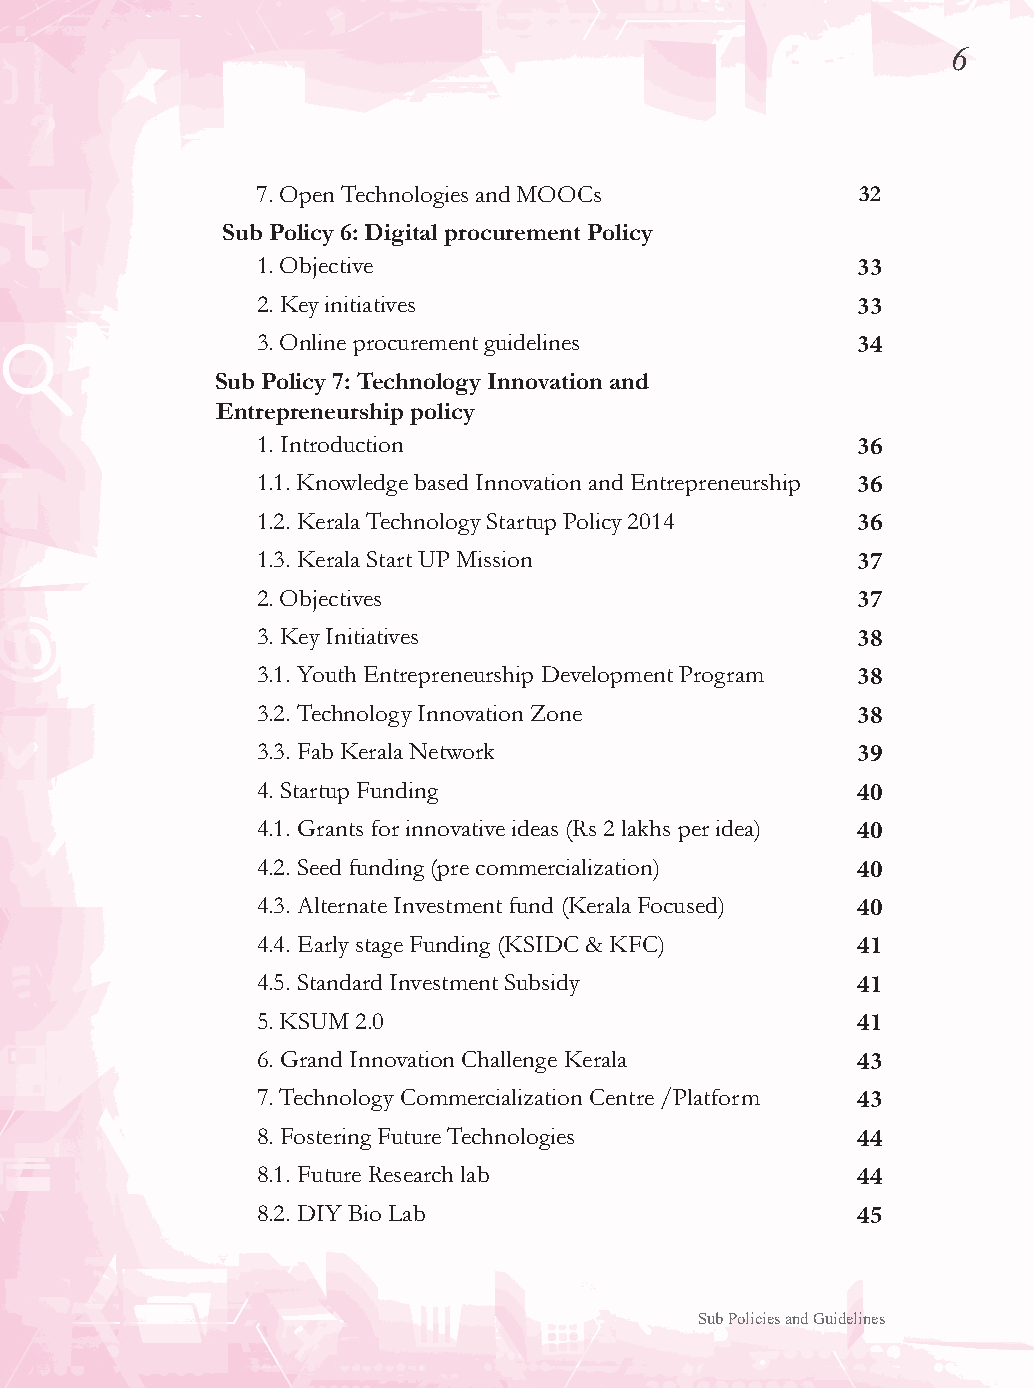
6
 7. Open Technologies and MOOCs          32
 Sub Policy 6: Digital procurement Policy
 1. Objective                            33
 2. Key initiatives                      33
 3. Online procurement guidelines        34
 Sub Policy 7: Technology Innovation and
 Entrepreneurship policy
 1. Introduction                         36
 1.1. Knowledge based Innovation and Entrepreneurship 36
 1.2. Kerala Technology Startup Policy 2014 36
 1.3. Kerala Start UP Mission            37
 2. Objectives                           37
 3. Key Initiatives                      38
 3.1. Youth Entrepreneurship Development Program 38
 3.2. Technology Innovation Zone         38
 3.3. Fab Kerala Network                 39
 4. Startup Funding                      40
 4.1. Grants for innovative ideas (Rs 2 lakhs per idea) 40
 4.2. Seed funding (pre commercialization) 40
 4.3. Alternate Investment fund (Kerala Focused) 40
 4.4. Early stage Funding (KSIDC & KFC)  41
 4.5. Standard Investment Subsidy        41
 5. KSUM 2.0                             41
 6. Grand Innovation Challenge Kerala    43
 7. Technology Commercialization Centre /Platform 43
 8. Fostering Future Technologies        44
 8.1. Future Research lab                44
 8.2. DIY Bio Lab                        45
 Sub Policies and Guidelines